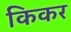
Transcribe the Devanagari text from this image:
किकर